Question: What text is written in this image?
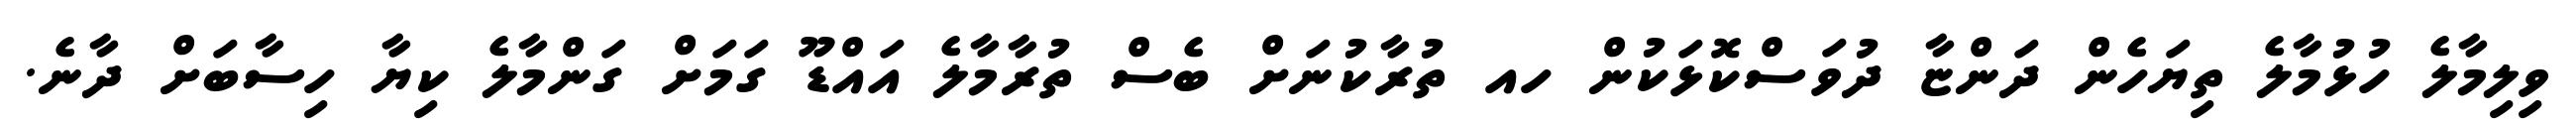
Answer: ވިލިމާލެ ހުޅުމާލެ ތިޔަހެން ދަންޏާ ދުވަސްކޮޅަކުން ހއ ތުރާކުނަށް ބެސް ތުރާމާލެ އައްޑޫ ގަމަށް ގަންމާލެ ކިޔާ ހިސާބަށް ދާނެ.